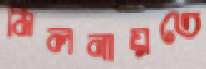
মিলনায়তে